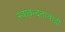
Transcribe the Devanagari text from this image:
स्वछन्दतावादी